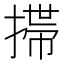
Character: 𢲄